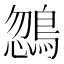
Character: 𪂒